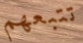
تتبعهم